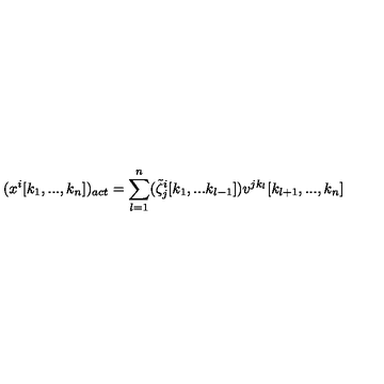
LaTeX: ( x ^ { i } [ k _ { 1 } , . . . , k _ { n } ] ) _ { a c t } = \sum _ { l = 1 } ^ { n } ( \tilde { \zeta } _ { j } ^ { i } [ k _ { 1 } , . . . k _ { l - 1 } ] ) v ^ { j k _ { l } } [ k _ { l + 1 } , . . . , k _ { n } ]